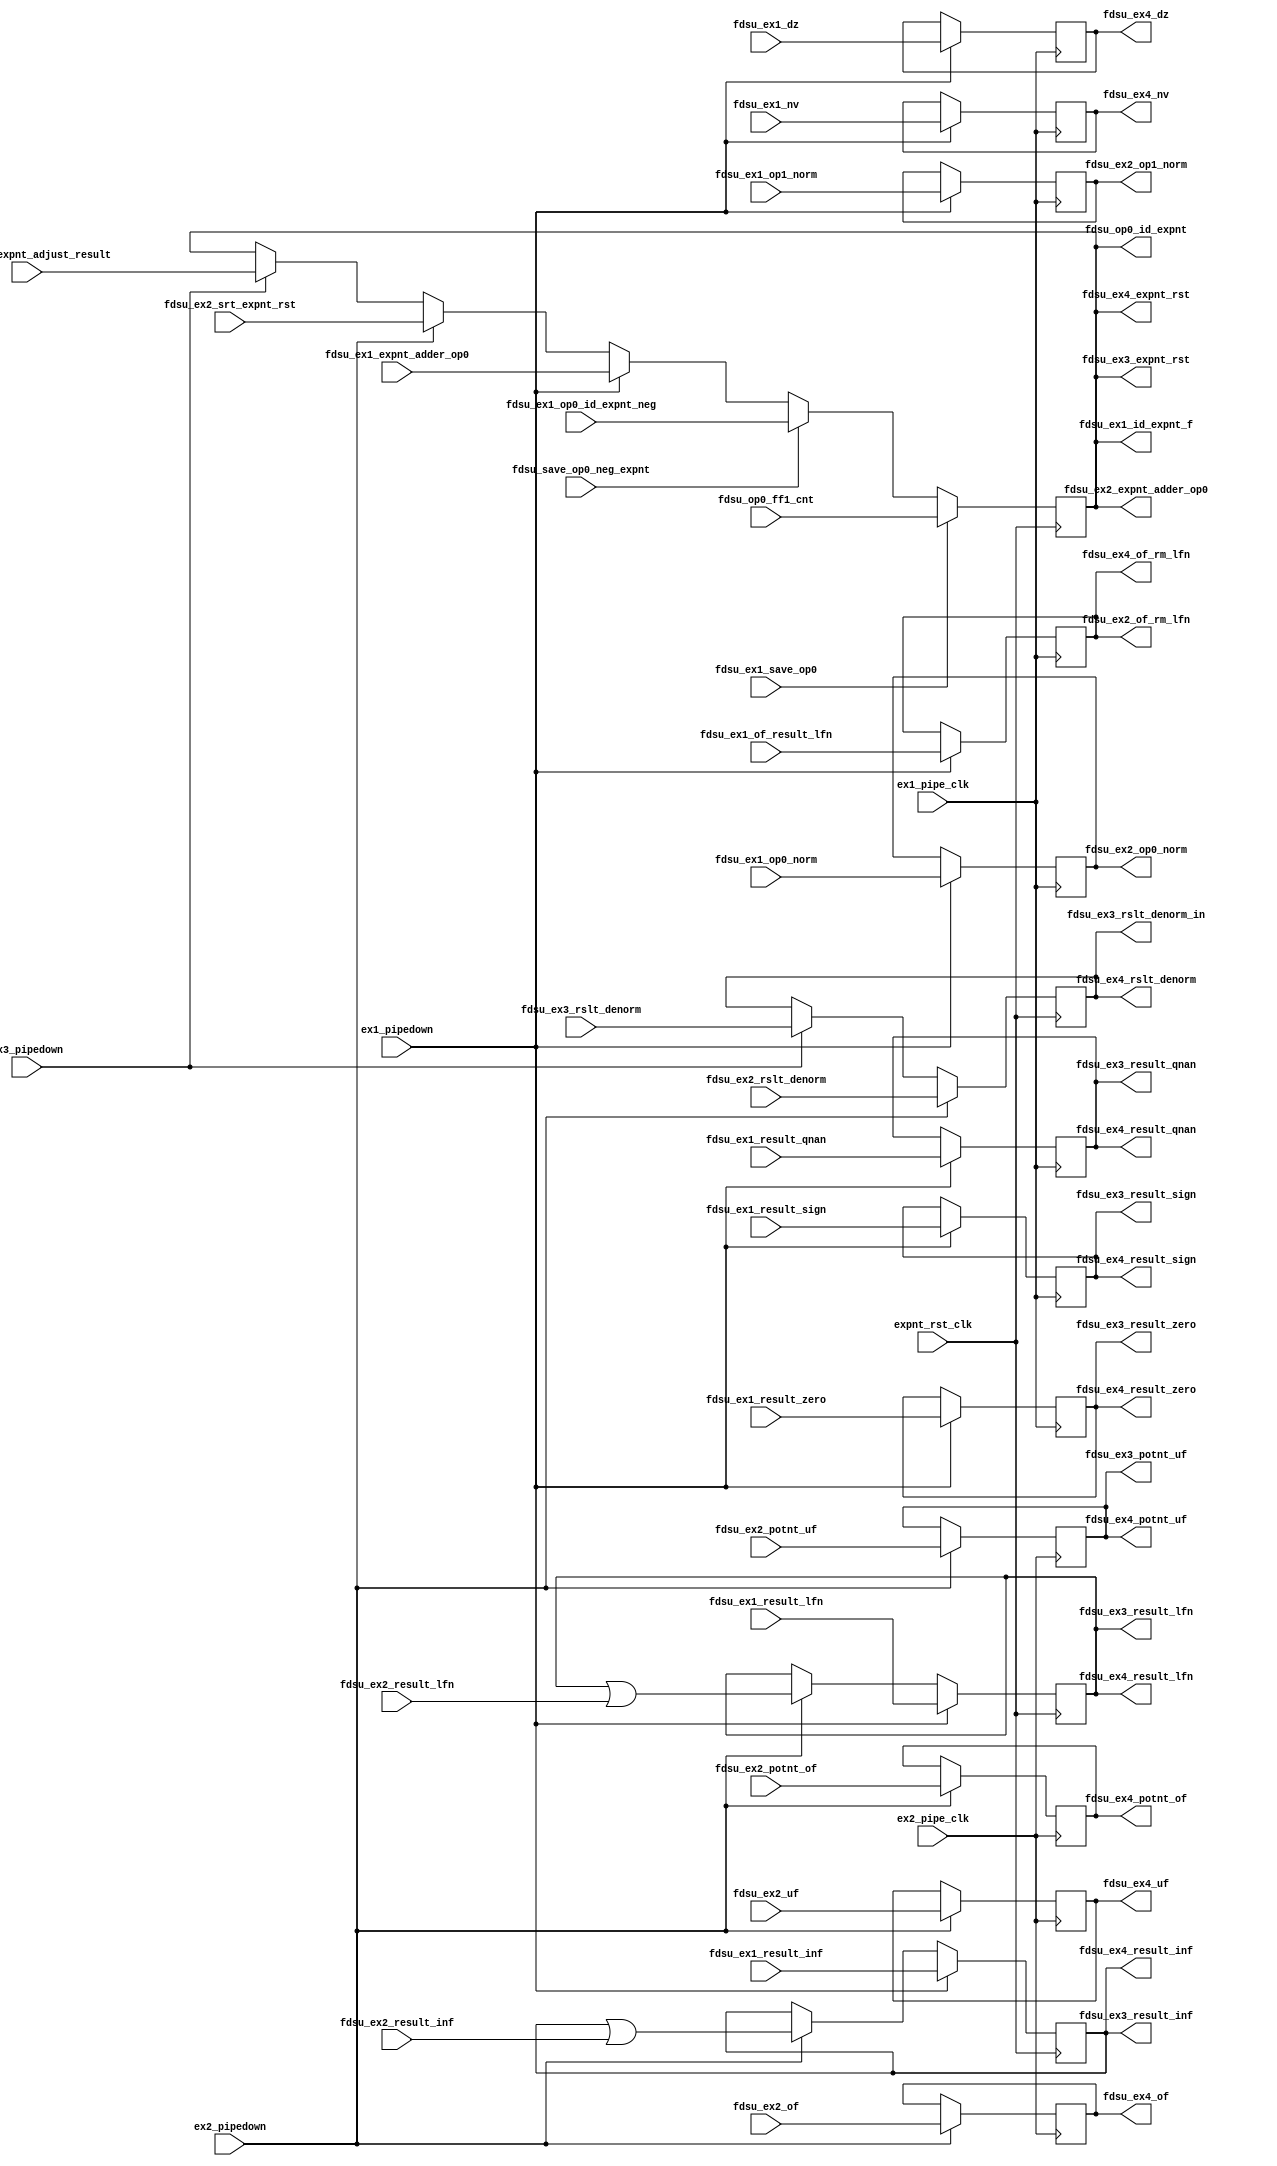
/*Copyright 2020-2021 T-Head Semiconductor Co., Ltd.

Licensed under the Apache License, Version 2.0 (the "License");
you may not use this file except in compliance with the License.
You may obtain a copy of the License at

    http://www.apache.org/licenses/LICENSE-2.0

Unless required by applicable law or agreed to in writing, software
distributed under the License is distributed on an "AS IS" BASIS,
WITHOUT WARRANTIES OR CONDITIONS OF ANY KIND, either express or implied.
See the License for the specific language governing permissions and
limitations under the License.
*/

// &ModuleBeg; @22
module aq_fdsu_double_dp(
  ex1_pipe_clk,
  ex1_pipedown,
  ex2_pipe_clk,
  ex2_pipedown,
  ex3_pipedown,
  expnt_rst_clk,
  fdsu_ex1_dz,
  fdsu_ex1_expnt_adder_op0,
  fdsu_ex1_id_expnt_f,
  fdsu_ex1_nv,
  fdsu_ex1_of_result_lfn,
  fdsu_ex1_op0_id_expnt_neg,
  fdsu_ex1_op0_norm,
  fdsu_ex1_op1_norm,
  fdsu_ex1_result_inf,
  fdsu_ex1_result_lfn,
  fdsu_ex1_result_qnan,
  fdsu_ex1_result_sign,
  fdsu_ex1_result_zero,
  fdsu_ex1_save_op0,
  fdsu_ex2_expnt_adder_op0,
  fdsu_ex2_of,
  fdsu_ex2_of_rm_lfn,
  fdsu_ex2_op0_norm,
  fdsu_ex2_op1_norm,
  fdsu_ex2_potnt_of,
  fdsu_ex2_potnt_uf,
  fdsu_ex2_result_inf,
  fdsu_ex2_result_lfn,
  fdsu_ex2_rslt_denorm,
  fdsu_ex2_srt_expnt_rst,
  fdsu_ex2_uf,
  fdsu_ex3_expnt_adjust_result,
  fdsu_ex3_expnt_rst,
  fdsu_ex3_potnt_uf,
  fdsu_ex3_result_inf,
  fdsu_ex3_result_lfn,
  fdsu_ex3_result_qnan,
  fdsu_ex3_result_sign,
  fdsu_ex3_result_zero,
  fdsu_ex3_rslt_denorm,
  fdsu_ex3_rslt_denorm_in,
  fdsu_ex4_dz,
  fdsu_ex4_expnt_rst,
  fdsu_ex4_nv,
  fdsu_ex4_of,
  fdsu_ex4_of_rm_lfn,
  fdsu_ex4_potnt_of,
  fdsu_ex4_potnt_uf,
  fdsu_ex4_result_inf,
  fdsu_ex4_result_lfn,
  fdsu_ex4_result_qnan,
  fdsu_ex4_result_sign,
  fdsu_ex4_result_zero,
  fdsu_ex4_rslt_denorm,
  fdsu_ex4_uf,
  fdsu_op0_ff1_cnt,
  fdsu_op0_id_expnt,
  fdsu_save_op0_neg_expnt
);

// &Ports; @23
input           ex1_pipe_clk;                
input           ex1_pipedown;                
input           ex2_pipe_clk;                
input           ex2_pipedown;                
input           ex3_pipedown;                
input           expnt_rst_clk;               
input           fdsu_ex1_dz;                 
input   [12:0]  fdsu_ex1_expnt_adder_op0;    
input           fdsu_ex1_nv;                 
input           fdsu_ex1_of_result_lfn;      
input   [12:0]  fdsu_ex1_op0_id_expnt_neg;   
input           fdsu_ex1_op0_norm;           
input           fdsu_ex1_op1_norm;           
input           fdsu_ex1_result_inf;         
input           fdsu_ex1_result_lfn;         
input           fdsu_ex1_result_qnan;        
input           fdsu_ex1_result_sign;        
input           fdsu_ex1_result_zero;        
input           fdsu_ex1_save_op0;           
input           fdsu_ex2_of;                 
input           fdsu_ex2_potnt_of;           
input           fdsu_ex2_potnt_uf;           
input           fdsu_ex2_result_inf;         
input           fdsu_ex2_result_lfn;         
input           fdsu_ex2_rslt_denorm;        
input   [12:0]  fdsu_ex2_srt_expnt_rst;      
input           fdsu_ex2_uf;                 
input   [12:0]  fdsu_ex3_expnt_adjust_result; 
input           fdsu_ex3_rslt_denorm;        
input   [12:0]  fdsu_op0_ff1_cnt;            
input           fdsu_save_op0_neg_expnt;     
output  [12:0]  fdsu_ex1_id_expnt_f;         
output  [12:0]  fdsu_ex2_expnt_adder_op0;    
output          fdsu_ex2_of_rm_lfn;          
output          fdsu_ex2_op0_norm;           
output          fdsu_ex2_op1_norm;           
output  [12:0]  fdsu_ex3_expnt_rst;          
output          fdsu_ex3_potnt_uf;           
output          fdsu_ex3_result_inf;         
output          fdsu_ex3_result_lfn;         
output          fdsu_ex3_result_qnan;        
output          fdsu_ex3_result_sign;        
output          fdsu_ex3_result_zero;        
output          fdsu_ex3_rslt_denorm_in;     
output          fdsu_ex4_dz;                 
output  [12:0]  fdsu_ex4_expnt_rst;          
output          fdsu_ex4_nv;                 
output          fdsu_ex4_of;                 
output          fdsu_ex4_of_rm_lfn;          
output          fdsu_ex4_potnt_of;           
output          fdsu_ex4_potnt_uf;           
output          fdsu_ex4_result_inf;         
output          fdsu_ex4_result_lfn;         
output          fdsu_ex4_result_qnan;        
output          fdsu_ex4_result_sign;        
output          fdsu_ex4_result_zero;        
output          fdsu_ex4_rslt_denorm;        
output          fdsu_ex4_uf;                 
output  [12:0]  fdsu_op0_id_expnt;           

// &Regs; @24
reg             fdsu_dz;                     
reg     [12:0]  fdsu_expnt_rst;              
reg             fdsu_nv;                     
reg             fdsu_of;                     
reg             fdsu_of_rm_lfn;              
reg             fdsu_op0_norm;               
reg             fdsu_op1_norm;               
reg             fdsu_potnt_of;               
reg             fdsu_potnt_uf;               
reg             fdsu_result_inf;             
reg             fdsu_result_lfn;             
reg             fdsu_result_qnan;            
reg             fdsu_result_sign;            
reg             fdsu_result_zero;            
reg             fdsu_uf;                     
reg             fdsu_yy_rslt_denorm;         

// &Wires; @25
wire            ex1_pipe_clk;                
wire            ex1_pipedown;                
wire            ex2_pipe_clk;                
wire            ex2_pipedown;                
wire            ex2_result_inf;              
wire            ex2_result_lfn;              
wire            ex3_pipedown;                
wire            expnt_rst_clk;               
wire            fdsu_ex1_dz;                 
wire    [12:0]  fdsu_ex1_expnt_adder_op0;    
wire    [12:0]  fdsu_ex1_id_expnt_f;         
wire            fdsu_ex1_nv;                 
wire            fdsu_ex1_of_result_lfn;      
wire    [12:0]  fdsu_ex1_op0_id_expnt_neg;   
wire            fdsu_ex1_op0_norm;           
wire            fdsu_ex1_op1_norm;           
wire            fdsu_ex1_result_inf;         
wire            fdsu_ex1_result_lfn;         
wire            fdsu_ex1_result_qnan;        
wire            fdsu_ex1_result_sign;        
wire            fdsu_ex1_result_zero;        
wire            fdsu_ex1_save_op0;           
wire    [12:0]  fdsu_ex2_expnt_adder_op0;    
wire            fdsu_ex2_of;                 
wire            fdsu_ex2_of_rm_lfn;          
wire            fdsu_ex2_op0_norm;           
wire            fdsu_ex2_op1_norm;           
wire            fdsu_ex2_potnt_of;           
wire            fdsu_ex2_potnt_uf;           
wire            fdsu_ex2_result_inf;         
wire            fdsu_ex2_result_lfn;         
wire            fdsu_ex2_rslt_denorm;        
wire    [12:0]  fdsu_ex2_srt_expnt_rst;      
wire            fdsu_ex2_uf;                 
wire    [12:0]  fdsu_ex3_expnt_adjust_result; 
wire    [12:0]  fdsu_ex3_expnt_rst;          
wire            fdsu_ex3_potnt_uf;           
wire            fdsu_ex3_result_inf;         
wire            fdsu_ex3_result_lfn;         
wire            fdsu_ex3_result_qnan;        
wire            fdsu_ex3_result_sign;        
wire            fdsu_ex3_result_zero;        
wire            fdsu_ex3_rslt_denorm;        
wire            fdsu_ex3_rslt_denorm_in;     
wire            fdsu_ex4_dz;                 
wire    [12:0]  fdsu_ex4_expnt_rst;          
wire            fdsu_ex4_nv;                 
wire            fdsu_ex4_of;                 
wire            fdsu_ex4_of_rm_lfn;          
wire            fdsu_ex4_potnt_of;           
wire            fdsu_ex4_potnt_uf;           
wire            fdsu_ex4_result_inf;         
wire            fdsu_ex4_result_lfn;         
wire            fdsu_ex4_result_qnan;        
wire            fdsu_ex4_result_sign;        
wire            fdsu_ex4_result_zero;        
wire            fdsu_ex4_rslt_denorm;        
wire            fdsu_ex4_uf;                 
wire    [12:0]  fdsu_op0_ff1_cnt;            
wire    [12:0]  fdsu_op0_id_expnt;           
wire            fdsu_save_op0_neg_expnt;     


// In 906 FDSU, if one op0/1 is not norm, it will not enter EX2.
//assign fdsu_op0_norm = 1'b1;
//assign fdsu_op1_norm = 1'b1;
// //&Force("input", "ex1_op0_norm"); @30
// //&Force("input", "ex1_op1_norm"); @31

// double_expnt_rst is used to save:
//  1. op0 denormal expnt;
//  2. op0 expnt;
//  3. result expnt.
always @ (posedge expnt_rst_clk)
begin
  if (fdsu_ex1_save_op0)
    fdsu_expnt_rst[12:0] <= fdsu_op0_ff1_cnt[12:0];
  else if(fdsu_save_op0_neg_expnt)
    fdsu_expnt_rst[12:0] <= fdsu_ex1_op0_id_expnt_neg[12:0];
  else if (ex1_pipedown)
    fdsu_expnt_rst[12:0] <= fdsu_ex1_expnt_adder_op0[12:0];
  else if (ex2_pipedown)
    fdsu_expnt_rst[12:0] <= fdsu_ex2_srt_expnt_rst[12:0];
  else if (ex3_pipedown)
    fdsu_expnt_rst[12:0] <= fdsu_ex3_expnt_adjust_result[12:0];
  else
    fdsu_expnt_rst[12:0] <= fdsu_expnt_rst[12:0];
end

//assign fdsu_ex1_op0_id_expnt_neg[12:0] = ~fdsu_expnt_rst[12:0] + 13'b1;
assign fdsu_op0_id_expnt[12:0]         = fdsu_expnt_rst[12:0];
assign fdsu_ex1_id_expnt_f[12:0]       = fdsu_expnt_rst[12:0];
assign fdsu_ex3_expnt_rst[12:0]        = fdsu_expnt_rst[12:0];
assign fdsu_ex4_expnt_rst[12:0]        = fdsu_expnt_rst[12:0];
assign fdsu_ex2_expnt_adder_op0[12:0]  = fdsu_expnt_rst[12:0];


always @ (posedge expnt_rst_clk)
begin
  if (ex2_pipedown)
    fdsu_yy_rslt_denorm <= fdsu_ex2_rslt_denorm;
  else if (ex3_pipedown)
    fdsu_yy_rslt_denorm <= fdsu_ex3_rslt_denorm;
  else
    fdsu_yy_rslt_denorm <= fdsu_yy_rslt_denorm;
end
assign fdsu_ex3_rslt_denorm_in = fdsu_yy_rslt_denorm;
assign fdsu_ex4_rslt_denorm = fdsu_yy_rslt_denorm;

always @ (posedge expnt_rst_clk)
begin
  if (ex1_pipedown)
  begin
    fdsu_result_inf  <= fdsu_ex1_result_inf;
    fdsu_result_lfn  <= fdsu_ex1_result_lfn;
  end
  else if(ex2_pipedown)
  begin
    fdsu_result_inf <= ex2_result_inf;
    fdsu_result_lfn <= ex2_result_lfn;
  end
end
// EX2 signal used in EX3 & EX4
always @ (posedge ex2_pipe_clk)
begin
  if (ex2_pipedown)
  begin
    fdsu_of         <= fdsu_ex2_of;
    fdsu_uf         <= fdsu_ex2_uf;
    fdsu_potnt_of   <= fdsu_ex2_potnt_of;
    fdsu_potnt_uf   <= fdsu_ex2_potnt_uf;
  end
  else
  begin
    fdsu_of         <= fdsu_of;
    fdsu_uf         <= fdsu_uf;
    fdsu_potnt_of   <= fdsu_potnt_of;
    fdsu_potnt_uf   <= fdsu_potnt_uf;
  end
end
assign ex2_result_inf = fdsu_result_inf || fdsu_ex2_result_inf;
assign ex2_result_lfn = fdsu_result_lfn || fdsu_ex2_result_lfn;
assign fdsu_ex3_result_qnan = fdsu_result_qnan;
assign fdsu_ex3_result_zero = fdsu_result_zero;

always @(posedge ex1_pipe_clk)
begin
  if(ex1_pipedown)
  begin
    fdsu_result_qnan <= fdsu_ex1_result_qnan;
    fdsu_result_zero <= fdsu_ex1_result_zero;
    fdsu_result_sign    <= fdsu_ex1_result_sign;
    fdsu_op0_norm       <= fdsu_ex1_op0_norm;
    fdsu_op1_norm       <= fdsu_ex1_op1_norm;
    fdsu_of_rm_lfn      <= fdsu_ex1_of_result_lfn;
    fdsu_nv              <= fdsu_ex1_nv;
    fdsu_dz              <= fdsu_ex1_dz;
  end
end
assign fdsu_ex3_result_sign = fdsu_result_sign;
assign fdsu_ex4_result_sign = fdsu_result_sign;



assign fdsu_ex4_nv              = fdsu_nv;
assign fdsu_ex4_dz              = fdsu_dz;
assign fdsu_ex4_result_qnan = fdsu_result_qnan;
assign fdsu_ex4_result_zero = fdsu_result_zero;
assign fdsu_ex2_op0_norm   = fdsu_op0_norm;
assign fdsu_ex2_op1_norm   = fdsu_op1_norm;
assign fdsu_ex2_of_rm_lfn  = fdsu_of_rm_lfn;
assign fdsu_ex4_of_rm_lfn  = fdsu_of_rm_lfn;
assign fdsu_ex3_result_inf = fdsu_result_inf;
assign fdsu_ex3_result_lfn = fdsu_result_lfn;
assign fdsu_ex4_result_inf = fdsu_result_inf;
assign fdsu_ex4_result_lfn = fdsu_result_lfn;
assign fdsu_ex4_of         = fdsu_of;
assign fdsu_ex4_uf         = fdsu_uf;
assign fdsu_ex4_potnt_of   = fdsu_potnt_of;
assign fdsu_ex4_potnt_uf   = fdsu_potnt_uf;
assign fdsu_ex3_potnt_uf   = fdsu_potnt_uf;




// &ModuleEnd; @149
endmodule